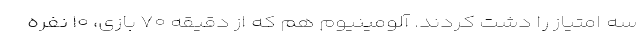
سه امتیاز را دشت کردند. آلومینیوم هم که از دقیقه ۷۰ بازی، ۱۰ نفره